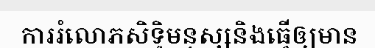
ការរំលោភសិទ្ធិមនុស្សនិងធ្វើឲ្យមាន